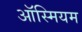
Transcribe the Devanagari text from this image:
ऑस्मियम